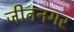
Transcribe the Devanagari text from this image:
जीतनगर